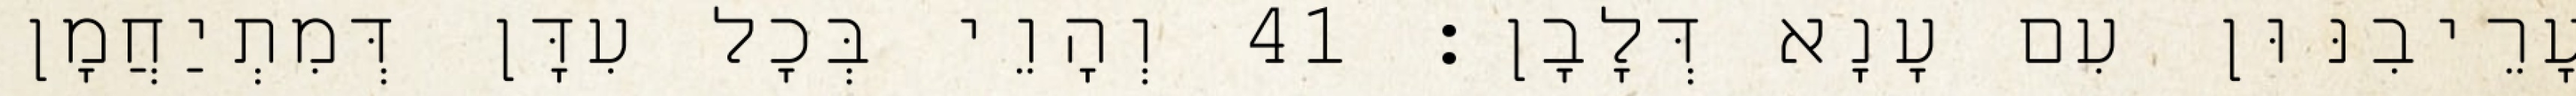
עָרֵיבִנּוּן עִם עָנָא דְּלָבָן׃ 41 וְהָוֵי בְּכָל עִדָּן דְּמִתְיַחֲמָן